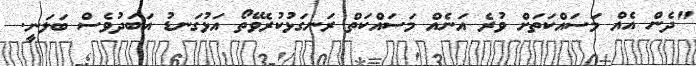
"ދެން އެއް މަސައްކަތަށް ވުރެ އަނެއް މަސައްކަތް ރަނގަޅުކުރެވޭތޯ އަޅުގަނޑު އަބަދުވެސް ބަލަނީ.